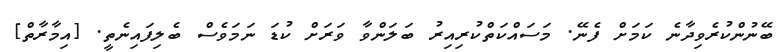
ބޭނުންކުރެވިދާނެ ކަމަށް ފެނޭ. މަސައްކަތްކުރިއިރު ބަލަންވާ ވަރަށް ކުޑަ ނަމަވެސް ބެލިފައިނެތީ. [އިމާރާތް]